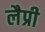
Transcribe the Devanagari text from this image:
लैप्री